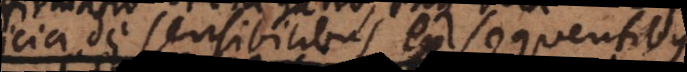
icia de sensibilibus ex sequentibus